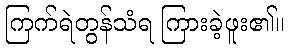
ကြက်ရဲတွန်သံရ ကြားခဲ့ဖူး၏။